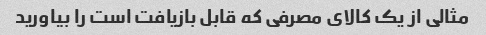
مثالی از یک کالای مصرفی که قابل بازیافت است را بیاورید